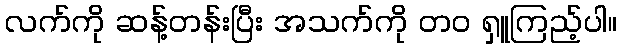
လက်ကို ဆန့်တန်းပြီး အသက်ကို တဝ ရှူကြည့်ပါ။